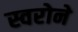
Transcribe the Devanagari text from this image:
स्वरोने